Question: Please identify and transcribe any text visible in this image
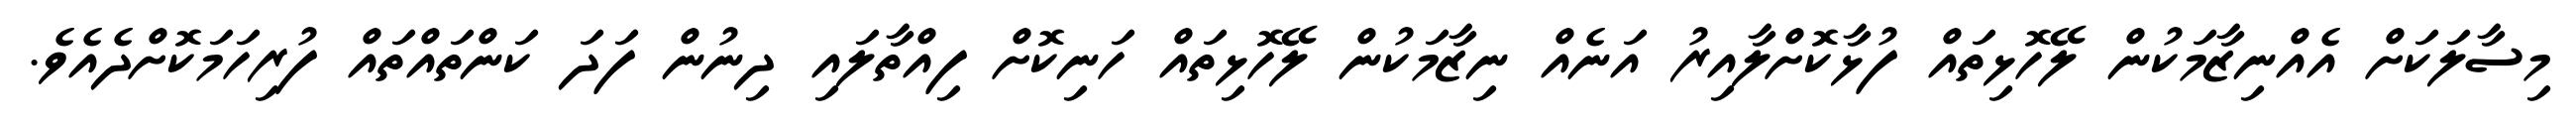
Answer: މިސާލަކަށް އެއްނިޒާމަކުން ލޭހޮޅިތައް ފުޅާކޮށްލާއިރު އަނެއް ނިޒާމަކުން ލޭހޮޅިތައް ހަނިކޮށް ފިއްތާލައި ދިނުން ފަދަ ކަންތައްތައް ފުރިހަމަކޮށްދެއެވެ.